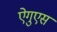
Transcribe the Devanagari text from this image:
ऐगुएस